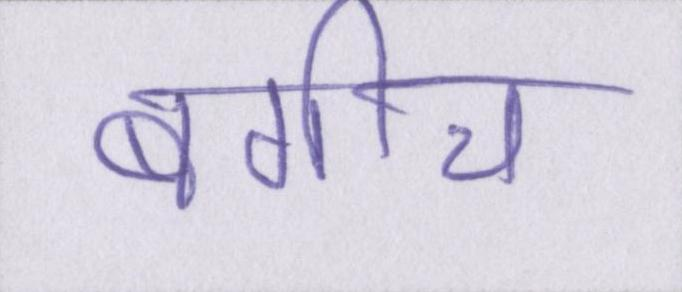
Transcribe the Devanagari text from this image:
बगीचे